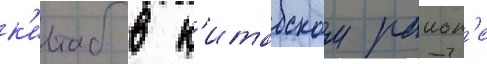
к'итаб в к'итабском раион'е